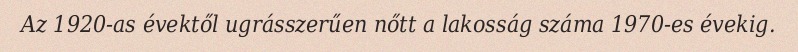
Az 1920-as évektől ugrásszerűen nőtt a lakosság száma 1970-es évekig.